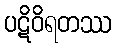
ပဋိဝိရတဿ